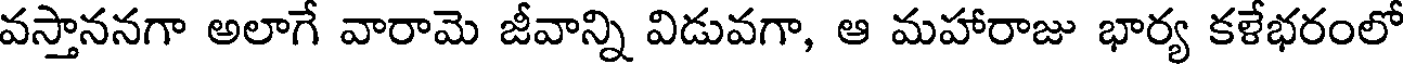
వస్తాననగా అలాగే వారామె జీవాన్ని విడువగా, ఆ మహారాజు భార్య కళేభరంలో